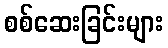
စစ်ဆေးခြင်းများ